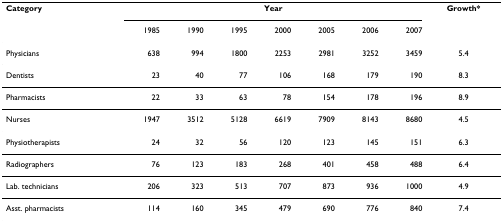
| Category | <COLSPAN=7> Year | Growth* |
 |  | 1985 | 1990 | 1995 | 2000 | 2005 | 2006 | 2007 |  |
 | --- | --- | --- | --- | --- | --- | --- | --- | --- |
 | Physicians | 638 | 994 | 1800 | 2253 | 2981 | 3252 | 3459 | 5.4 |
 | Dentists | 23 | 40 | 77 | 106 | 168 | 179 | 190 | 8.3 |
 | Pharmacists | 22 | 33 | 63 | 78 | 154 | 178 | 196 | 8.9 |
 | Nurses | 1947 | 3512 | 5128 | 6619 | 7909 | 8143 | 8680 | 4.5 |
 | Physiotherapists | 24 | 32 | 56 | 120 | 123 | 145 | 151 | 6.3 |
 | Radiographers | 76 | 123 | 183 | 268 | 401 | 458 | 488 | 6.4 |
 | Lab. technicians | 206 | 323 | 513 | 707 | 873 | 936 | 1000 | 4.9 |
 | Asst. pharmacists | 114 | 160 | 345 | 479 | 690 | 776 | 840 | 7.4 |